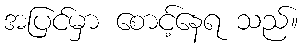
အပြင်မှာ စောင့်နေရ သည်။